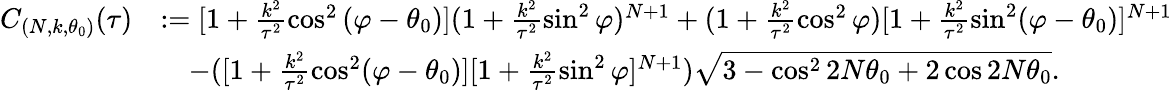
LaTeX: \begin{array}{rl}{C_{(N,k,\theta_{0})}(\tau)}&{:=[1+\frac{k^{2}}{\tau^{2}}\cos^{2}\left(\varphi-\theta_{0}\right)](1+\frac{k^{2}}{\tau^{2}}\sin^{2}\varphi)^{N+1}+(1+\frac{k^{2}}{\tau^{2}}\cos^{2}\varphi)[1+\frac{k^{2}}{\tau^{2}}\sin^{2}(\varphi-\theta_{0})]^{N+1}}\\ &{\quad-([1+\frac{k^{2}}{\tau^{2}}\cos^{2}(\varphi-\theta_{0})][1+\frac{k^{2}}{\tau^{2}}\sin^{2}\varphi]^{N+1})\sqrt{3-\cos^{2}2N\theta_{0}+2\cos 2N\theta_{0}}.}\end{array}